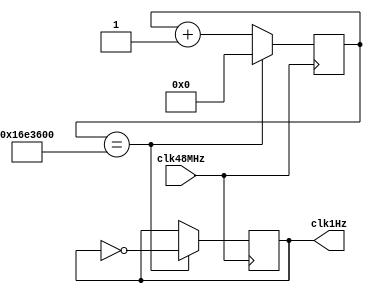
module ClkDivider (
    input clk48MHz,
    output reg clk1Hz = 1'b0
);

    reg [24:0] counter = 25'd0;

    always @(posedge clk48MHz) begin
        counter <= counter + 1;
        if (counter == 25'd24_000_000) begin
            counter <= 0;
            clk1Hz <= ~clk1Hz;
        end
    end

endmodule